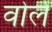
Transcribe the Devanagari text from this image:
वोर्ले